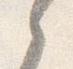
之